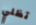
تظلي